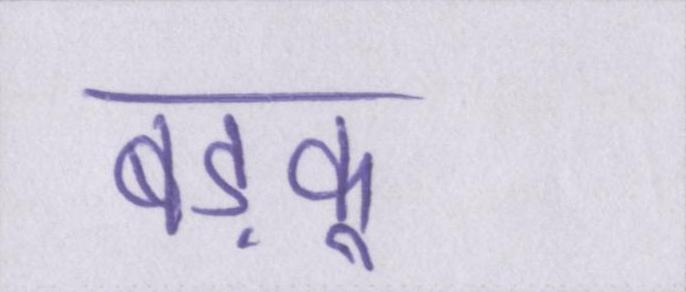
बड़कू